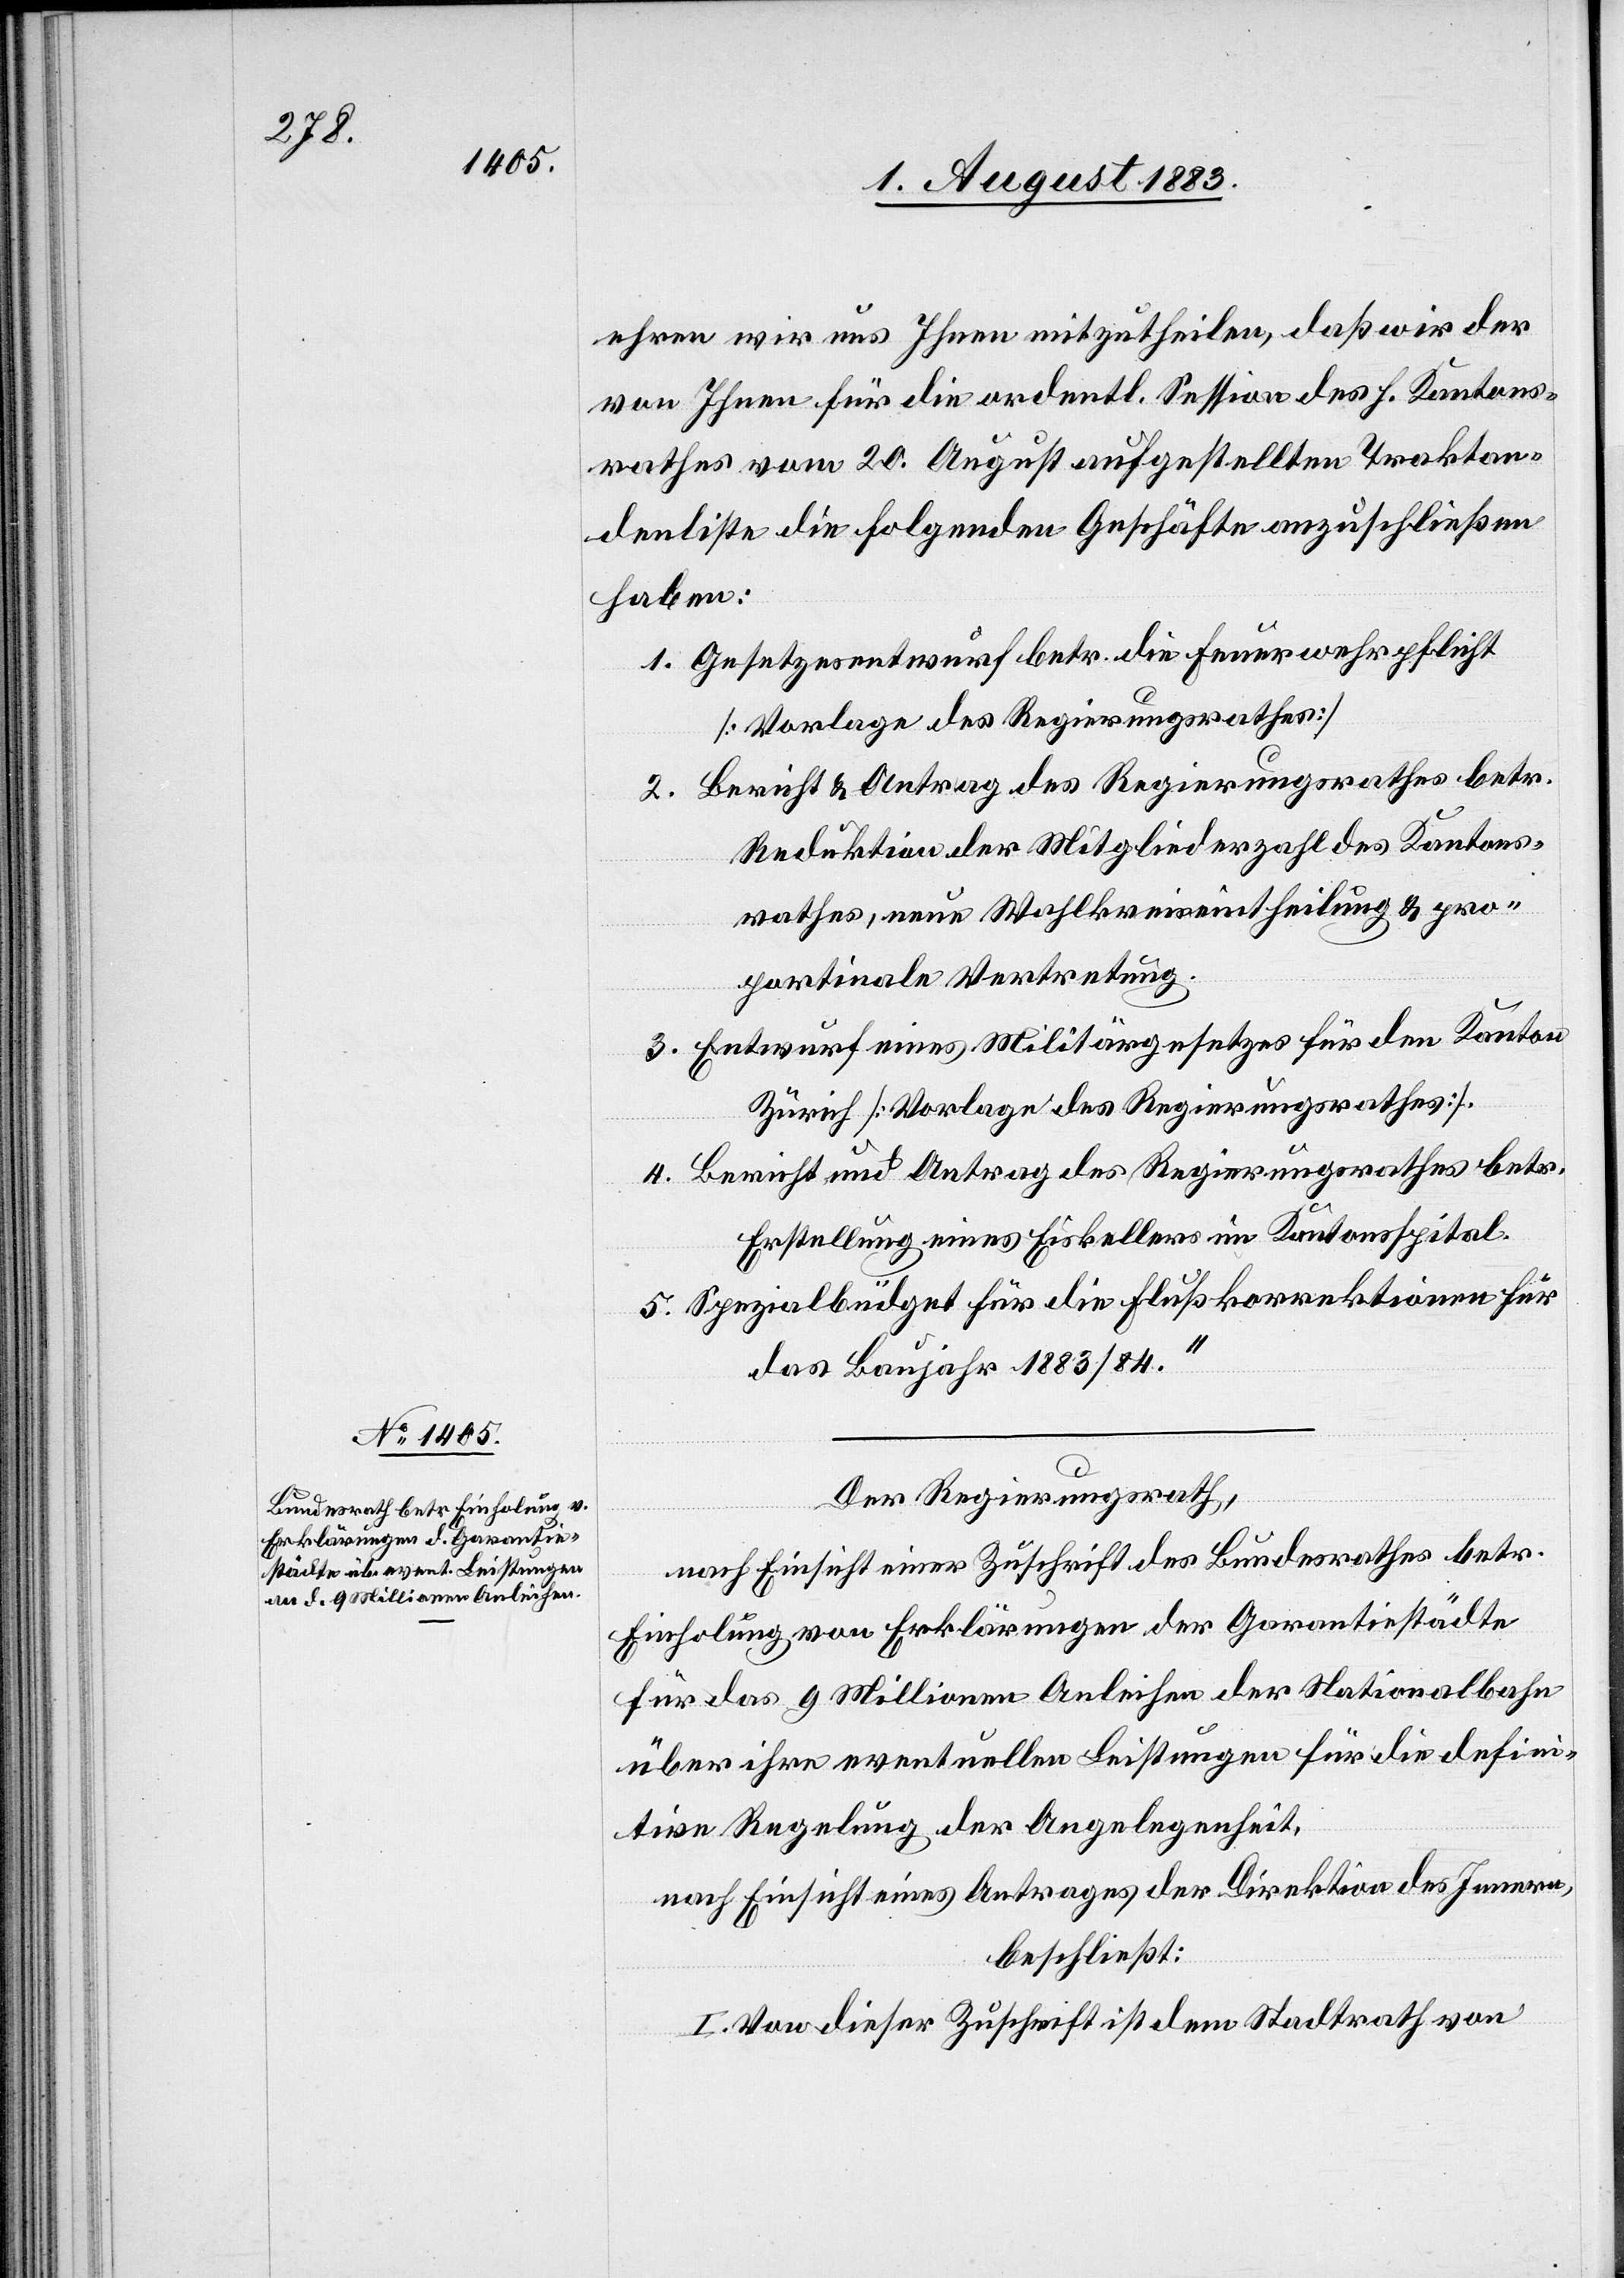
ehren wir uns Ihnen mitzutheilen, daß wir der
von Ihnen für die ordentl. Session des h. Kantons¬
rathes vom 20. August aufgestellten Traktan¬
denliste die folgenden Geschäfte anzuschließen
haben:
1. Gesetzesentwurf betr. die Feuerwehrpflicht
[Vorlage des Regierungsrathes].
2. Bericht & Antrag des Regierungsrathes betr.
Reduktion der Mitgliederzahl des Kantons¬
rathes, neue Wahlkreiseintheilung & pro¬
portionale Vertretung.
3. Entwurf eines Militärgesetzes für den Kanton
Zürich [Vorlage des Regierungsrathes].
4. Bericht und Antrag des Regierungsrathes betr.
Erstellung eines Eiskellers im Kantonsspital.
5. Spezialbüdget für die Flußkorrektionen für
das Baujahr 1883/84.“
Der Regierungsrath,
nach Einsicht einer Zuschrift des Bundesrathes betr.
Einholung von Erklärungen der Garantiestädte
für das 9 Millionen Anleihen der Nationalbahn
über ihre eventuellen Leistungen für die defini¬
tive Regelung der Angelegenheit,
nach Einsicht eines Antrages der Direktion des Innern,
beschließt:
I. Von dieser Zuschrift ist dem Stadtrath von